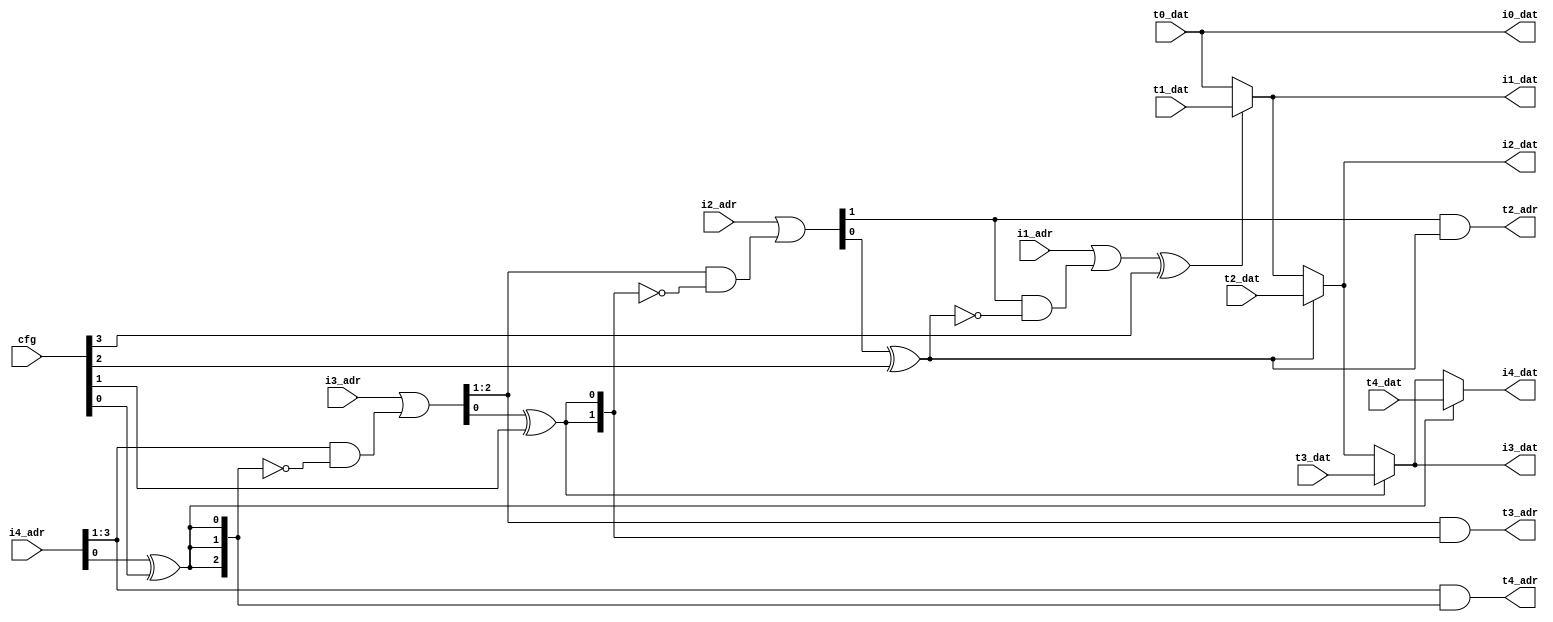
module permutator_slice (

    // stage 0
    input        [31:0] t0_dat,
    output wire [31:0] i0_dat,

    // stage 1
    input        [31:0] t1_dat,
    output wire [31:0] i1_dat,

    input        [0:0] i1_adr,

    // stage 2
    input        [31:0] t2_dat,
    output wire [31:0] i2_dat,

    output wire [0:0] t2_adr,
    input        [1:0] i2_adr,

    // stage 3
    input        [31:0] t3_dat,
    output wire [31:0] i3_dat,

    output wire [1:0] t3_adr,
    input        [2:0] i3_adr,

    // stage 4
    input        [31:0] t4_dat,
    output wire [31:0] i4_dat,

    output wire [2:0] t4_adr,
    input        [3:0] i4_adr,

    input [3:0] cfg
);


    wire [0:0] adr1;

    wire [1:0] adr2;

    wire [2:0] adr3;

    wire [3:0] adr4;



    wire adr_lsb1, sel1;
    assign sel1 = adr_lsb1 ^ (cfg[3]);

    wire adr_lsb2, sel2;
    assign sel2 = adr_lsb2 ^ (cfg[2]);

    wire adr_lsb3, sel3;
    assign sel3 = adr_lsb3 ^ (cfg[1]);

    wire adr_lsb4, sel4;
    assign sel4 = adr_lsb4 ^ (cfg[0]);



    wire [0:0] adr_rest2, adr_back2;
    assign adr_back2 = adr_rest2 & ~{1{sel2}};
    assign t2_adr    = adr_rest2 &  {1{sel2}};

    wire [1:0] adr_rest3, adr_back3;
    assign adr_back3 = adr_rest3 & ~{2{sel3}};
    assign t3_adr    = adr_rest3 &  {2{sel3}};

    wire [2:0] adr_rest4, adr_back4;
    assign adr_back4 = adr_rest4 & ~{3{sel4}};
    assign t4_adr    = adr_rest4 &  {3{sel4}};



    assign adr_lsb1 = adr1;

    assign {adr_rest2, adr_lsb2} = adr2;

    assign {adr_rest3, adr_lsb3} = adr3;

    assign {adr_rest4, adr_lsb4} = adr4;



    assign adr1 = i1_adr | adr_back2;

    assign adr2 = i2_adr | adr_back3;

    assign adr3 = i3_adr | adr_back4;

    assign adr4 = i4_adr;



    assign i0_dat = t0_dat;

    assign i1_dat = sel1 ? t1_dat : i0_dat;

    assign i2_dat = sel2 ? t2_dat : i1_dat;

    assign i3_dat = sel3 ? t3_dat : i2_dat;

    assign i4_dat = sel4 ? t4_dat : i3_dat;


endmodule